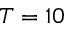
T = 1 0